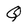
Character: Q